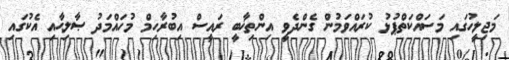
މަޖިލީހުގައި މަސައްކަތްޕުޅު ކުރައްވަމުން ގެންދެވީ އިންތިޚާބީ ރައީސް އިބުރާހިމް މުހައްމަދު ޞާލިޙާއި އެކުގައި